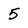
Character: 5